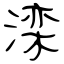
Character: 滦